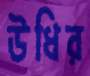
উধির